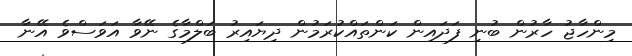
މިންހާޖު ހާރުން ބުނި ފަދައިން ކަންތައްކުރަމުން ދިޔައިރު ބަލްމާގެ ނޭވާ އަވަސްވެ އޭނާ